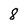
Character: 8